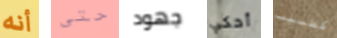
أنه حتى جهود أحكي كطبيب